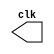
// ---------------------
// Exemplo 09_05 
// Nome: Jlio Czar Taveira Arajo
// ---------------------

//----------------------------
//---------Clock--------------
//----------------------------

module clock ( clk );
 output clk;
 reg    clk;

 initial
  begin
   clk = 1'b0;
  end

 always
  begin
   #12 clk = ~clk;
  end
  
endmodule

//----------------------------
//---------PULSO--------------
//----------------------------

module pulse ( signal, clock );

 input  clock;
 output signal;
 reg    signal;

 always @ (  posedge clock )
  begin
       signal = 1'b1;
  #4   signal = 1'b0;
  #4   signal = 1'b1;
  #4   signal = 1'b0;
  #4   signal = 1'b1;
  #4   signal = 1'b0;
 
  end
  
endmodule // pulse

//----------------------------
//---------Teste--------------
//----------------------------

module testpulse;

 wire  clock;
 clock clk ( clock );
 wire  p1;

 pulse   pulse1   ( p1, clock );

 initial begin
  $dumpfile ( "Ex0905.vcd" );
  $dumpvars (1, clock, p1);
   #480 $finish;

 end

endmodule //Ex0905